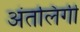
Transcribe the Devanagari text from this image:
अंतलिंगी